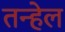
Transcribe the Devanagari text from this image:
तन्हेल